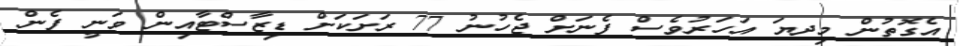
އެގޮތުން މިދޔަ އަހަރުވެސް ފެނަށް ޖެހުނު 77 ރަށަކަށް ޑިޒާސްޓާއިން ވަނީ ފެން